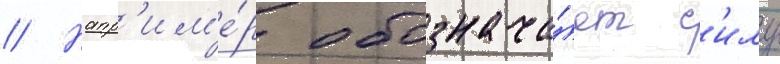
// Напр'им'е́р обознача́ет с'илу